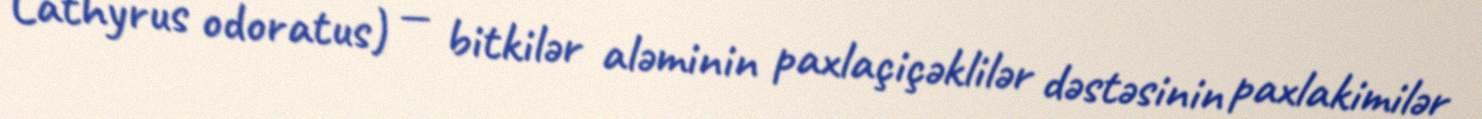
Lathyrus odoratus) — bitkilər aləminin paxlaçiçəklilər dəstəsinin paxlakimilər